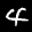
Label: 4